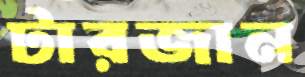
টারজান